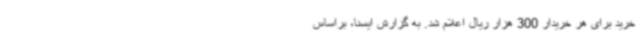
خرید برای هر خریدار 300 هزار ریال اعلام شد. به گزارش ایسنا، براساس